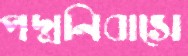
পদ্মনিবাসে